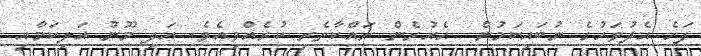
ފަހެ އެދުވަހުގެ ނުބައިކަމުން  އެއުރެން ރައްކާތެރި ކުރެއްވިއެވެ. އަދި މޫނު އަލިކަމާއި